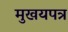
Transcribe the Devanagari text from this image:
मुखयपत्र